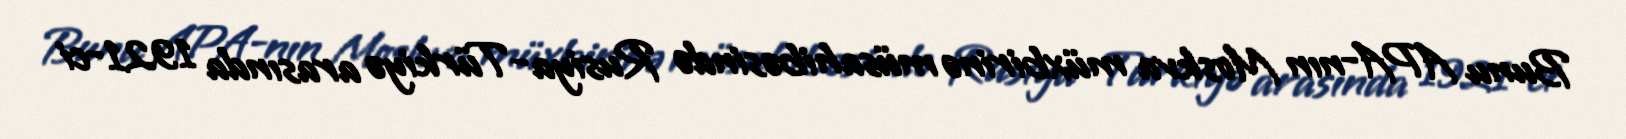
Bunu APA-nın Moskva müxbirinə müsahibəsində Rusiya-Türkiyə arasında 1921-ci